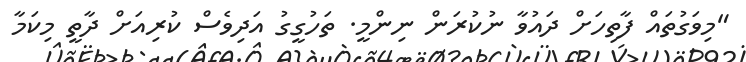
"މިވަގުތައް ފާތިހަށް ދައުވާ ނުކުރަން ނިންމީ. ތަހުގީގު އަދިވެސް ކުރިއަށް ދާތީ މިކަމާ